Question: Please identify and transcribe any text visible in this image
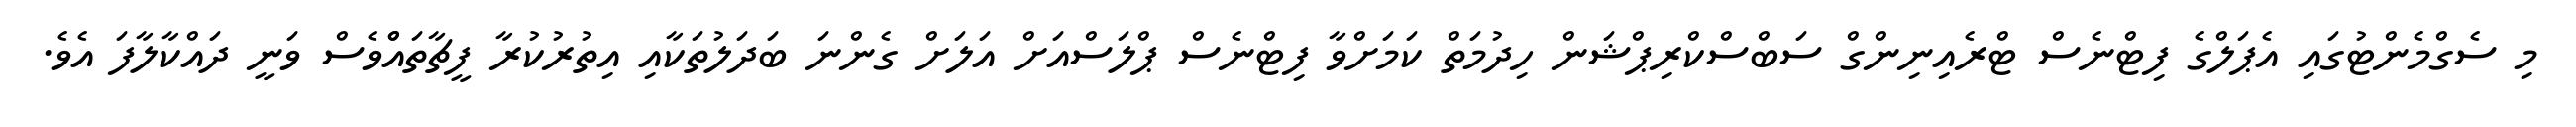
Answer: މި ސެގްމެންޓުގައި އެޕަލްގެ ފިޓްނެސް ޓްރެއިނިންގް ސަބްސްކްރިޕްޝަން ހިދުމަތް ކަމަށްވާ ފިޓްނެސް ޕްލަސްއަށް އަލަށް ގެންނަ ބަދަލުތަކާއި އިތުރުކުރާ ފީޗާތައްްވެސް ވަނީ ދައްކާލާފަ އެވެ.